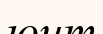
юит